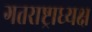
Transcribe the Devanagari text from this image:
गतराष्ट्राध्यक्ष